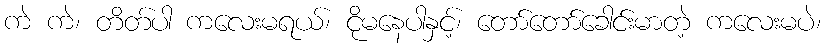
ကဲ ကဲ၊ တိတ်ပါ ကလေးမရယ်၊ ငိုမနေပါနှင့်၊ တော်တော်ခေါင်းမာတဲ့ ကလေးမပဲ၊